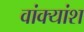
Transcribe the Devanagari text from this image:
वांक्यांश